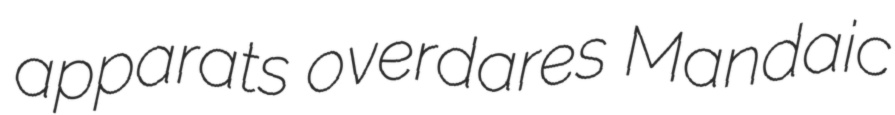
apparats overdares Mandaic